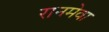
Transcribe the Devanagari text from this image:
रानमेवा